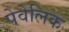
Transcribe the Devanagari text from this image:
पेवेलिक